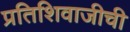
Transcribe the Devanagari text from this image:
प्रतिशिवाजीची